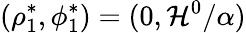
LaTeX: (\rho_{1}^{*},\phi_{1}^{*})=(0,\mathcal{H}^{0}/\alpha)